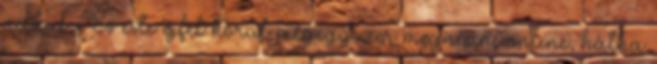
nélkül. És este éjfél körül mégegyszer megnézni online, hátha